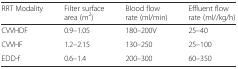
| RRT Modality | Filter surface area (m2) | Blood flow rate (ml/min) | Effluent flow rate (ml//kg/h) |
 | --- | --- | --- | --- |
 | CVVHDF | 0.9–1.05 | 180–200V | 25–40 |
 | CVVHF | 1.2–2.15 | 130–250 | 25–100 |
 | EDD-f | 0.6–1.4 | 200–300 | 60–350 |